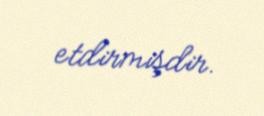
etdirmişdir.